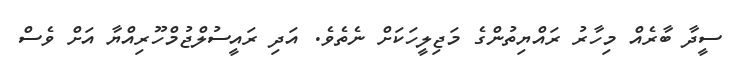
ސީދާ ބާރެއް މިހާރު ރައްޔިތުންގެ މަޖިލީހަކަށް ނެތެވެ. އަދި ރައީސުލްޖުމްހޫރިއްޔާ އަށް ވެސް